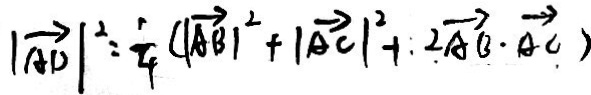
\vert \overrightarrow { A D } \vert ^ { 2 } = \frac { 1 } { 4 } ( \overrightarrow { 1 A B } \vert ^ { 2 } + \vert \overrightarrow { A C } \vert ^ { 2 } + : 2 \overrightarrow { A B } \cdot \overrightarrow { A C } )